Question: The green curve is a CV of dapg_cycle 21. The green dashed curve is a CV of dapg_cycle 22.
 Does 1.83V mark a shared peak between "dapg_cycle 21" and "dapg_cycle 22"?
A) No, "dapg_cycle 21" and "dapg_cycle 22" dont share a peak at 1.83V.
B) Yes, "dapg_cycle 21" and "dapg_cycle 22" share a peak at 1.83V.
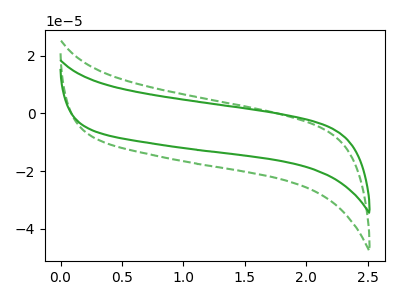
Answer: <think>The green curve "dapg_cycle 21" has no peaks. The green dashed curve "dapg_cycle 22" has no peaks.</think>
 <answer>A) No, "dapg_cycle 21" and "dapg_cycle 22" dont share a peak at 1.83V.</answer>
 <eval>A</eval>